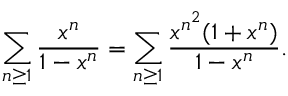
\sum _ { n \geq 1 } { \frac { x ^ { n } } { 1 - x ^ { n } } } = \sum _ { n \geq 1 } { \frac { x ^ { n ^ { 2 } } ( 1 + x ^ { n } ) } { 1 - x ^ { n } } } .